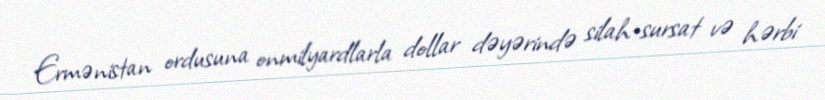
Ermənistan ordusuna onmilyardlarla dollar dəyərində silah-sursat və hərbi